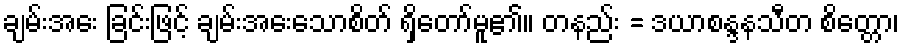
ချမ်းအေး ခြင်းဖြင့် ချမ်းအေးသောစိတ် ရှိတော်မူ၏။ တနည်း = ဒယာစန္ဒနသီတ စိတ္တော၊